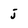
Character: j